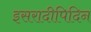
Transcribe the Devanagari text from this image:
इसरादीपिदिन